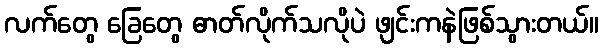
လက်တွေ ခြေတွေ ဓာတ်လိုက်သလိုပဲ ဖျင်းကနဲဖြစ်သွားတယ်။